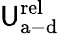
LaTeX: \mathsf{U}_{\mathrm{{a-d}}}^{\mathrm{{rel}}}